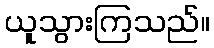
ယူသွားကြသည်။